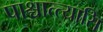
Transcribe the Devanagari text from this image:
पाश्चात्त्यासि